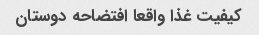
کیفیت غذا واقعا افتضاحه دوستان